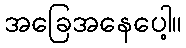
အခြေအနေပေါ့။